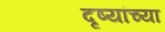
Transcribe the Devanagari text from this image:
दृष्यांच्या